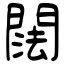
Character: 䦢